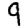
Digit: 9